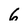
Character: 6